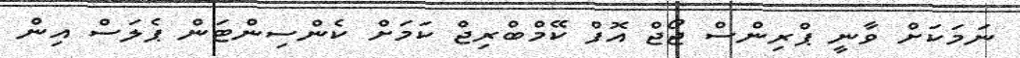
ނަމަކަށް ވާނީ ޕްރިންސް ޖޯޖް އޮފް ކޭމްބްރިޖް ކަމަށް ކެންސިންޓަން ޕެލަސް އިން